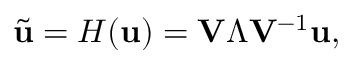
\widetilde { \mathbf { u } } = H ( \mathbf { u } ) = \mathbf { V } \boldsymbol { \Lambda } \mathbf { V } ^ { - 1 } \mathbf { u } ,